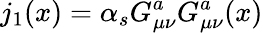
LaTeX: j_{1}(x)=\alpha_{s}G_{\mu\nu}^{a}G_{\mu\nu}^{a}(x)